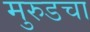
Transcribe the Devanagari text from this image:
मुरुडचा